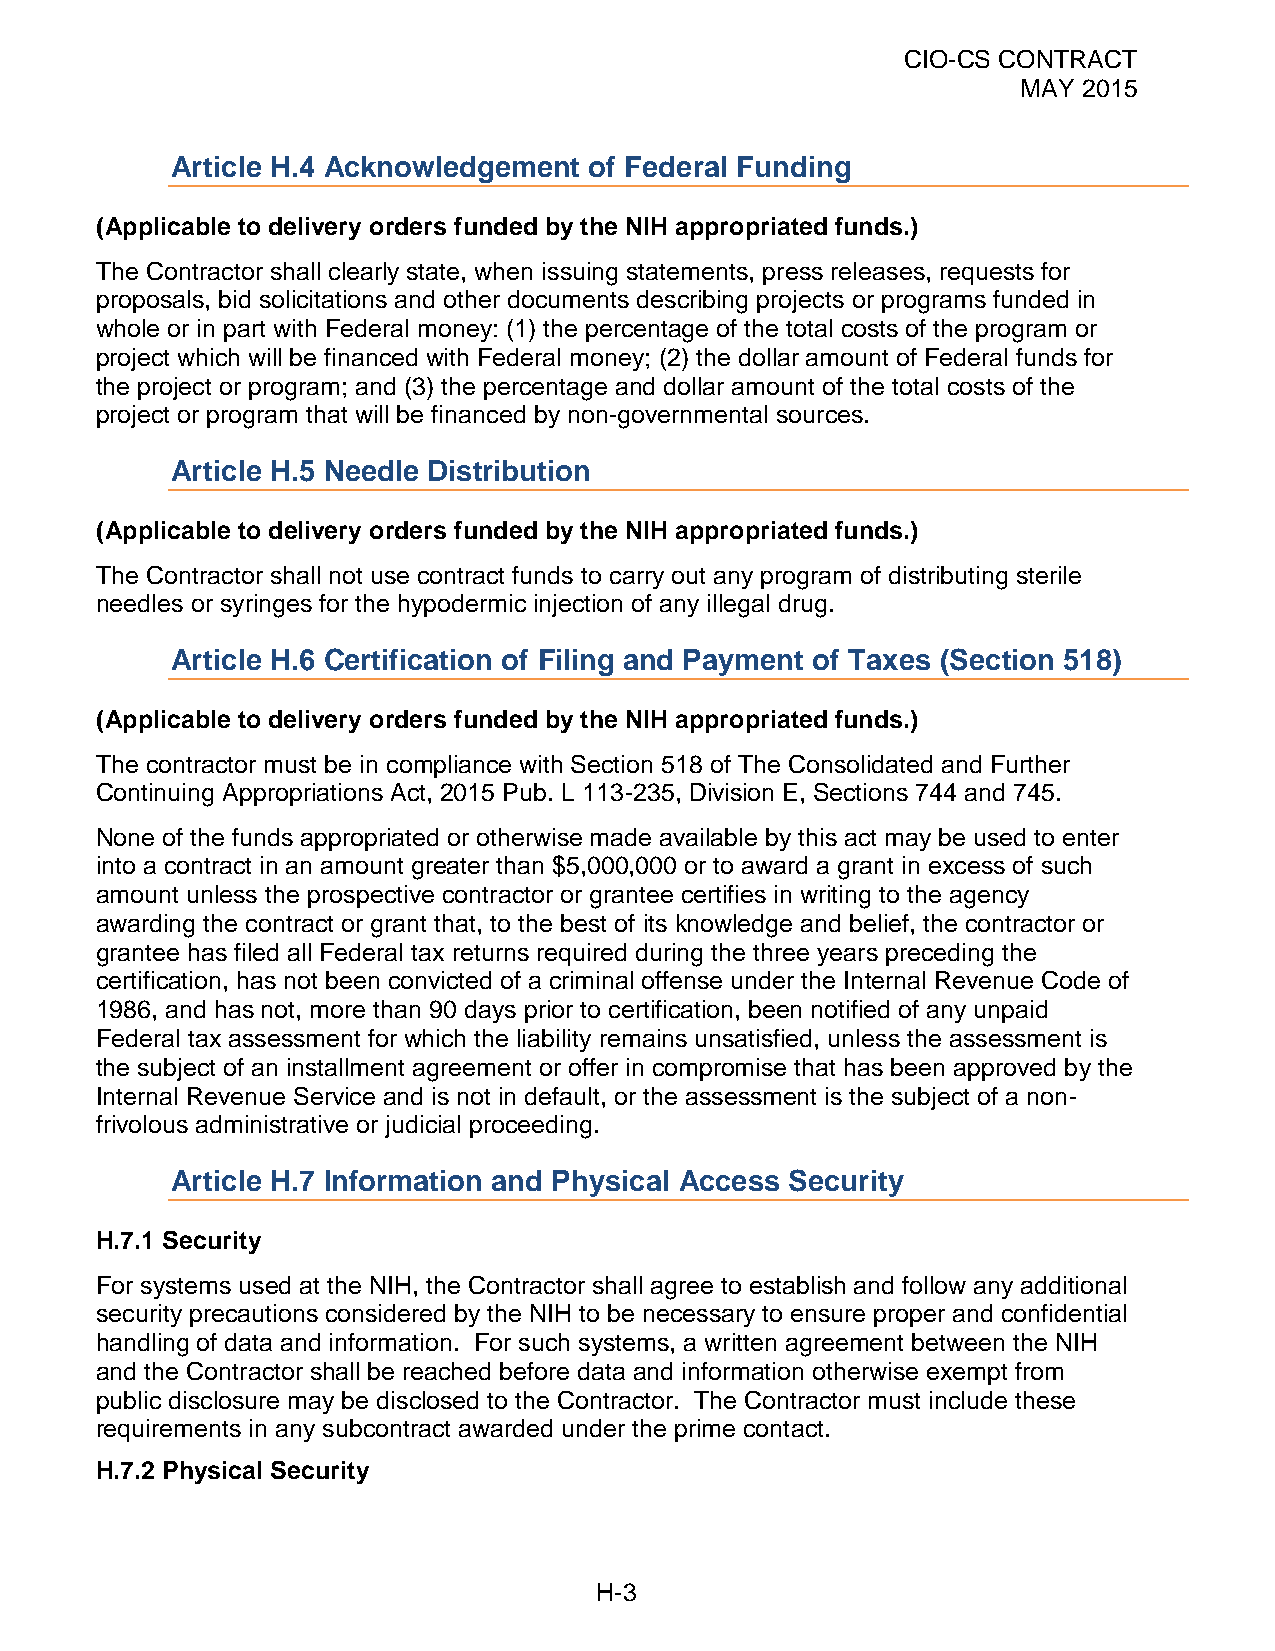
CIO-CS CONTRACT
 MAY 2015
 Article H.4 Acknowledgement of Federal Funding
 (Applicable to delivery orders funded by the NIH appropriated funds.)
 The Contractor shall clearly state, when issuing statements, press releases, requests for
 proposals, bid solicitations and other documents describing projects or programs funded in
 whole or in part with Federal money: (1) the percentage of the total costs of the program or
 project which will be financed with Federal money; (2) the dollar amount of Federal funds for
 the project or program; and (3) the percentage and dollar amount of the total costs of the
 project or program that will be financed by non-governmental sources.
 Article H.5 Needle Distribution
 (Applicable to delivery orders funded by the NIH appropriated funds.)
 The Contractor shall not use contract funds to carry out any program of distributing sterile
 needles or syringes for the hypodermic injection of any illegal drug.
 Article H.6 Certification of Filing and Payment of Taxes (Section 518)
 (Applicable to delivery orders funded by the NIH appropriated funds.)
 The contractor must be in compliance with Section 518 of The Consolidated and Further
 Continuing Appropriations Act, 2015 Pub. L 113-235, Division E, Sections 744 and 745.
 None of the funds appropriated or otherwise made available by this act may be used to enter
 into a contract in an amount greater than $5,000,000 or to award a grant in excess of such
 amount unless the prospective contractor or grantee certifies in writing to the agency
 awarding the contract or grant that, to the best of its knowledge and belief, the contractor or
 grantee has filed all Federal tax returns required during the three years preceding the
 certification, has not been convicted of a criminal offense under the Internal Revenue Code of
 1986, and has not, more than 90 days prior to certification, been notified of any unpaid
 Federal tax assessment for which the liability remains unsatisfied, unless the assessment is
 the subject of an installment agreement or offer in compromise that has been approved by the
 Internal Revenue Service and is not in default, or the assessment is the subject of a non-
 frivolous administrative or judicial proceeding.
 Article H.7 Information and Physical Access Security
 H.7.1 Security
 For systems used at the NIH, the Contractor shall agree to establish and follow any additional
 security precautions considered by the NIH to be necessary to ensure proper and confidential
 handling of data and information. For such systems, a written agreement between the NIH
 and the Contractor shall be reached before data and information otherwise exempt from
 public disclosure may be disclosed to the Contractor. The Contractor must include these
 requirements in any subcontract awarded under the prime contact.
 H.7.2 Physical Security
 H-3